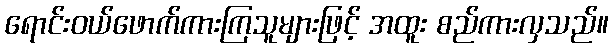
ရောင်းဝယ်ဖောက်ကားကြသူများဖြင့် အထူး စည်ကားလှသည်။